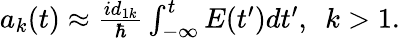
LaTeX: \begin{array}{r}{a_{k}(t)\approx\frac{id_{1k}}{\hbar}\int_{-\infty}^{t}E(t^{\prime})dt^{\prime},\ \ k>1.}\end{array}